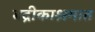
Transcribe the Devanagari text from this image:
बद्रीकाश्रमात